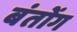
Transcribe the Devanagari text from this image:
बंतोंग